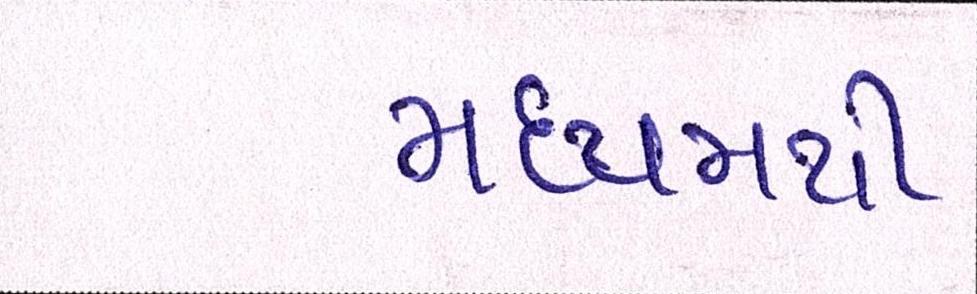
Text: મધ્યમથી